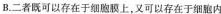
B.二者既可以存在于细胞膜上，又可以存在于细胞内